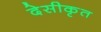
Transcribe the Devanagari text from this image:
देसीकृत